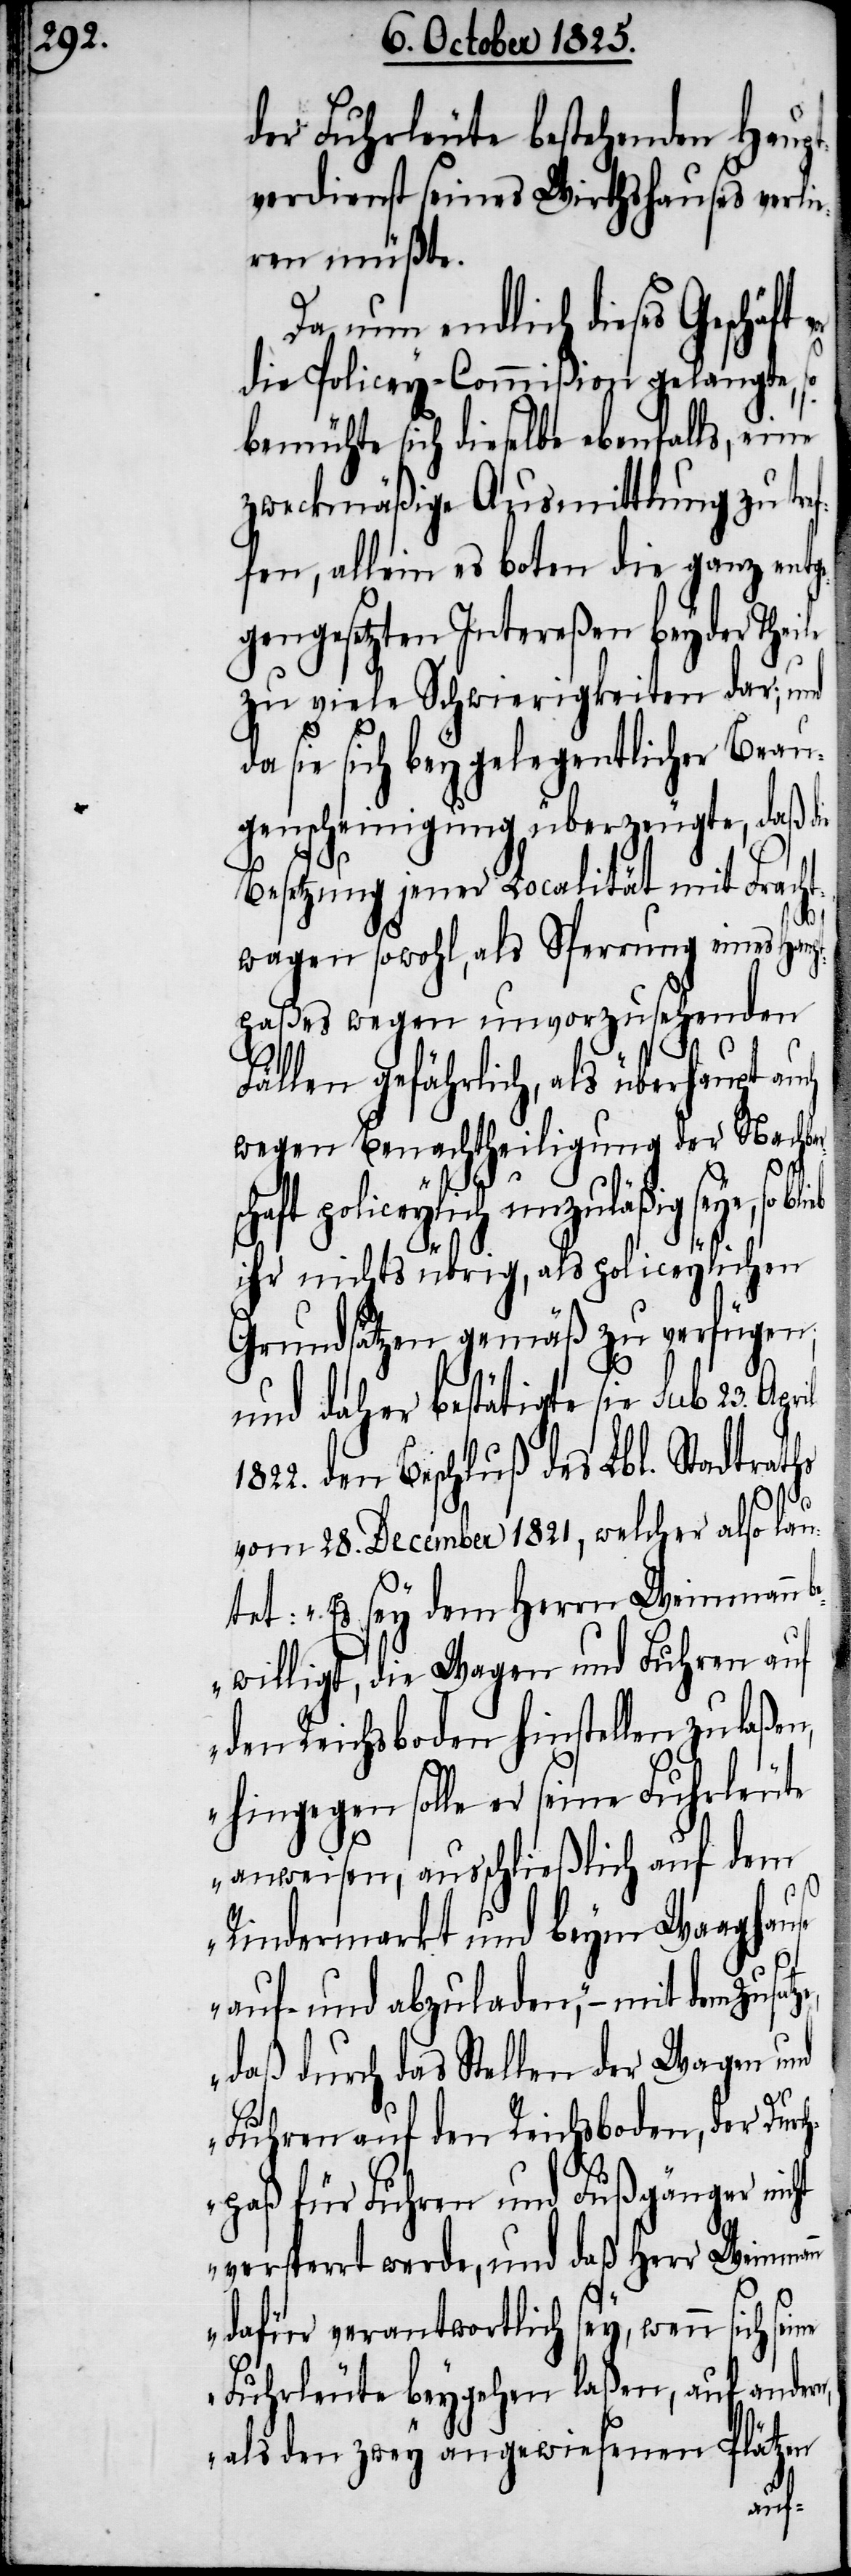
der Fuhrleute bestehenden Haup¬
tverdienst seines Wirthshauses verli¬
eren müßte.
Da nun endlich dieses Geschäft
die Policey-Commißion gelangte,
bemühte sich dieselbe ebenfalls, eine
zweckmäßige Ausmittlung zu tref¬
fen, allein es boten die ganz ent¬
egengesetzten Intereßen bey der Thie¬
zu viele Schwierigkeiten dar; und
da sie sich bey gelegentlicher Beau¬
genscheinigung überzeugte, daß die
le
Besetzung jener Localität mit Frach¬
twagen sowohl, als Sperrung eines Haup¬
tpaßes wegen unvorzusehenden
Fällen gefährlich, als überhaupt
wegen Benachtheiligung der Nachbar¬
n,
atze,
policeylich unzuläßig seye, so
ihr nichts übrig, als policeylichen
Grundsätzen gemäß zu verfügen;
und daher bestätigte sie sub 23. April
1822. den Beschluß des Lbl. Stadtraths
vom 28. December 1821, welcher also lau¬
tet: „Es sey dem Herrn Weinmann
bewilligt, die Wagen und Fuhren auf
den Reichsboden hinstellen zu laßen,
hingegen solle er seine Fuhrleute
anweisen, ausschließlich auf dem
Rindermarkt und beym Waaghause
auf- und abzuladen“, – mit dem Zus¬
daß durch das Stellen der Wagen und
Fuhren auf den Reichsboden, der Durc¬
hpaß für Fuhren und Fußgänger nicht
versperrt werde, und daß Herr Weimann
dafür verantwortlich sey, wenn sich
Fuhrleute beygehen laßen, auf ander¬
als den zwey an gewiesenen Plätzen